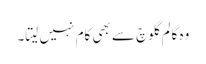
وہ گالم گلوچ سے بھی کام نہیں لیتا۔